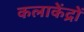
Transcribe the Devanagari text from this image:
कलाकेंद्रों